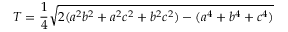
T = { \frac { 1 } { 4 } } { \sqrt { 2 ( a ^ { 2 } b ^ { 2 } + a ^ { 2 } c ^ { 2 } + b ^ { 2 } c ^ { 2 } ) - ( a ^ { 4 } + b ^ { 4 } + c ^ { 4 } ) } }